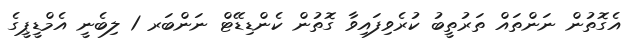
އެގޮތުން ނަންތައް ތަރުތީބު ކުރެވިފައިވާ ގޮތުން ކެންޑިޑޭޓް ނަންބަރ 1 ލިބެނީ އެމްޑީޕީގެ